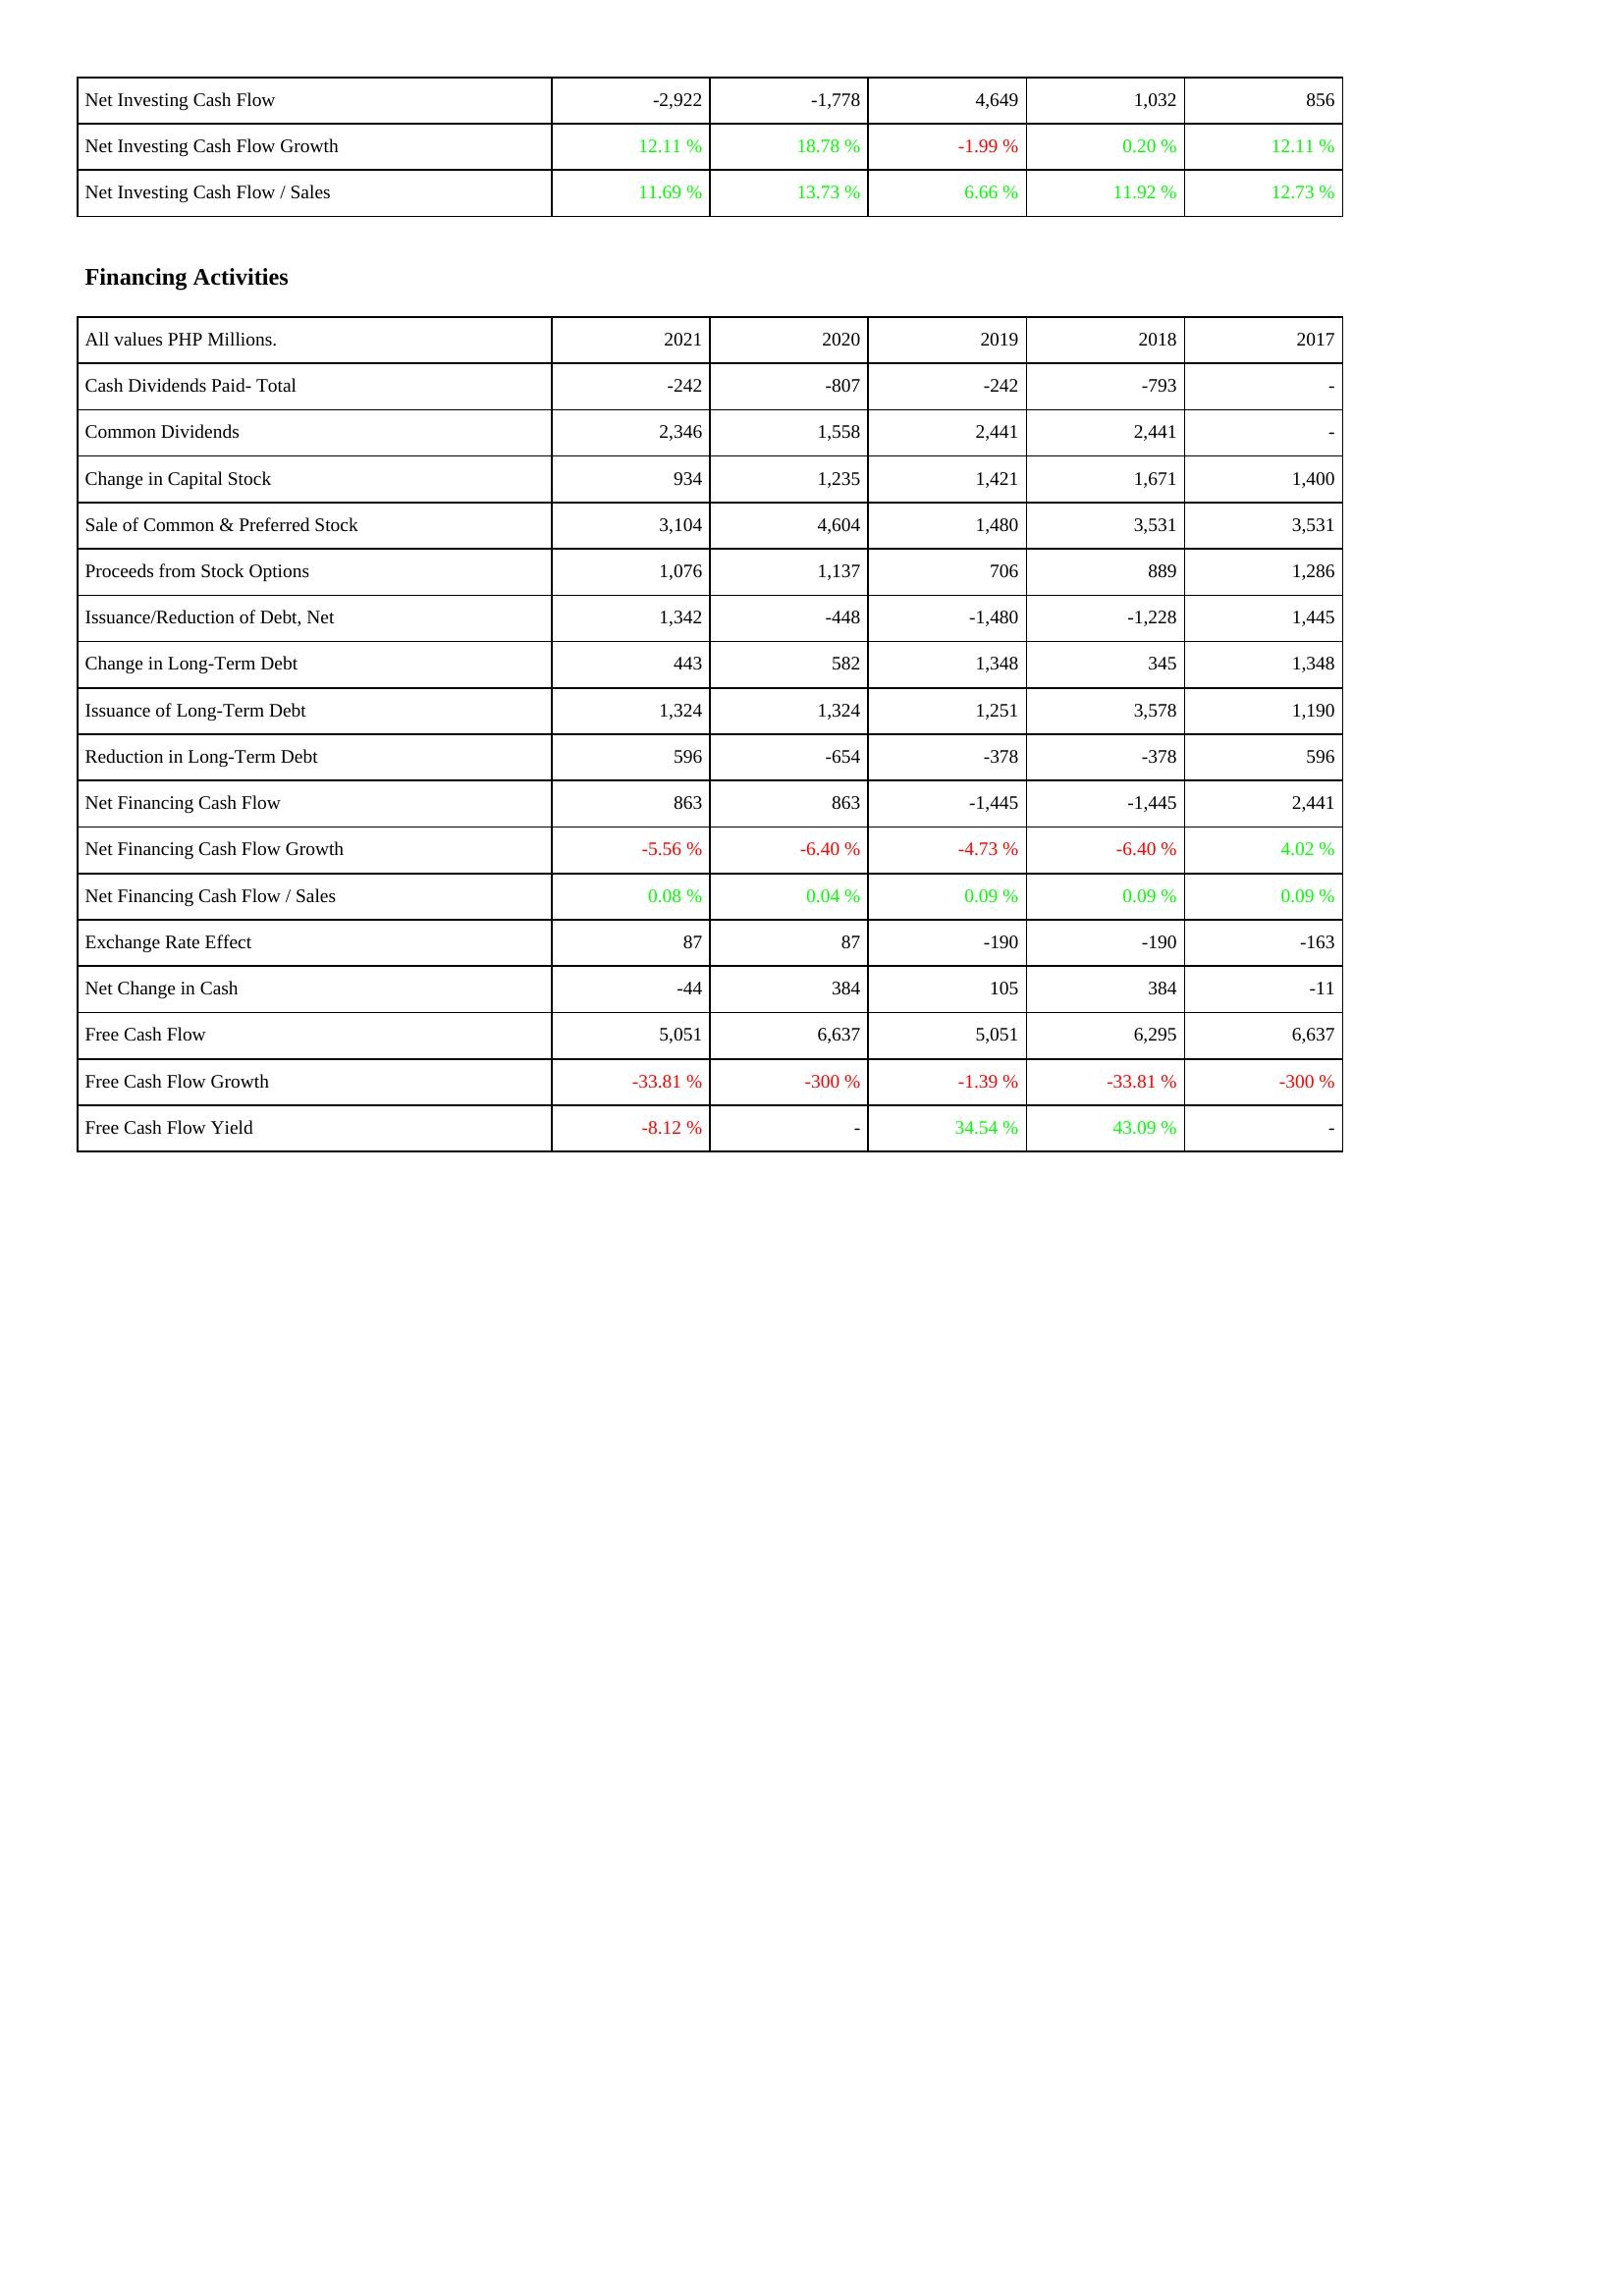
2021: Investing Activities: Net Investing Cash Flow: -2,922
Net Investing Cash Flow Growth: 12.11 %
Net Investing Cash Flow / Sales: 11.69 %
Financing Activities: Cash Dividends Paid- Total: -242
Common Dividends: 2,346
Change in Capital Stock: 934
Sale of Common & Preferred Stock: 3,104
Proceeds from Stock Options: 1,076
Issuance/Reduction of Debt, Net: 1,342
Change in Long-Term Debt: 443
Issuance of Long-Term Debt: 1,324
Reduction in Long-Term Debt: 596
Net Financing Cash Flow: 863
Net Financing Cash Flow Growth: -5.56 %
Net Financing Cash Flow / Sales: 0.08 %
Exchange Rate Effect: 87
Net Change in Cash: -44
Free Cash Flow: 5,051
Free Cash Flow Growth: -33.81 %
Free Cash Flow Yield: -8.12 %
2020: Investing Activities: Net Investing Cash Flow: -1,778
Net Investing Cash Flow Growth: 18.78 %
Net Investing Cash Flow / Sales: 13.73 %
Financing Activities: Cash Dividends Paid- Total: -807
Common Dividends: 1,558
Change in Capital Stock: 1,235
Sale of Common & Preferred Stock: 4,604
Proceeds from Stock Options: 1,137
Issuance/Reduction of Debt, Net: -448
Change in Long-Term Debt: 582
Issuance of Long-Term Debt: 1,324
Reduction in Long-Term Debt: -654
Net Financing Cash Flow: 863
Net Financing Cash Flow Growth: -6.40 %
Net Financing Cash Flow / Sales: 0.04 %
Exchange Rate Effect: 87
Net Change in Cash: 384
Free Cash Flow: 6,637
Free Cash Flow Growth: -300 %
Free Cash Flow Yield: -
2019: Investing Activities: Net Investing Cash Flow: 4,649
Net Investing Cash Flow Growth: -1.99 %
Net Investing Cash Flow / Sales: 6.66 %
Financing Activities: Cash Dividends Paid- Total: -242
Common Dividends: 2,441
Change in Capital Stock: 1,421
Sale of Common & Preferred Stock: 1,480
Proceeds from Stock Options: 706
Issuance/Reduction of Debt, Net: -1,480
Change in Long-Term Debt: 1,348
Issuance of Long-Term Debt: 1,251
Reduction in Long-Term Debt: -378
Net Financing Cash Flow: -1,445
Net Financing Cash Flow Growth: -4.73 %
Net Financing Cash Flow / Sales: 0.09 %
Exchange Rate Effect: -190
Net Change in Cash: 105
Free Cash Flow: 5,051
Free Cash Flow Growth: -1.39 %
Free Cash Flow Yield: 34.54 %
2018: Investing Activities: Net Investing Cash Flow: 1,032
Net Investing Cash Flow Growth: 0.20 %
Net Investing Cash Flow / Sales: 11.92 %
Financing Activities: Cash Dividends Paid- Total: -793
Common Dividends: 2,441
Change in Capital Stock: 1,671
Sale of Common & Preferred Stock: 3,531
Proceeds from Stock Options: 889
Issuance/Reduction of Debt, Net: -1,228
Change in Long-Term Debt: 345
Issuance of Long-Term Debt: 3,578
Reduction in Long-Term Debt: -378
Net Financing Cash Flow: -1,445
Net Financing Cash Flow Growth: -6.40 %
Net Financing Cash Flow / Sales: 0.09 %
Exchange Rate Effect: -190
Net Change in Cash: 384
Free Cash Flow: 6,295
Free Cash Flow Growth: -33.81 %
Free Cash Flow Yield: 43.09 %
2017: Investing Activities: Net Investing Cash Flow: 856
Net Investing Cash Flow Growth: 12.11 %
Net Investing Cash Flow / Sales: 12.73 %
Financing Activities: Cash Dividends Paid- Total: -
Common Dividends: -
Change in Capital Stock: 1,400
Sale of Common & Preferred Stock: 3,531
Proceeds from Stock Options: 1,286
Issuance/Reduction of Debt, Net: 1,445
Change in Long-Term Debt: 1,348
Issuance of Long-Term Debt: 1,190
Reduction in Long-Term Debt: 596
Net Financing Cash Flow: 2,441
Net Financing Cash Flow Growth: 4.02 %
Net Financing Cash Flow / Sales: 0.09 %
Exchange Rate Effect: -163
Net Change in Cash: -11
Free Cash Flow: 6,637
Free Cash Flow Growth: -300 %
Free Cash Flow Yield: -